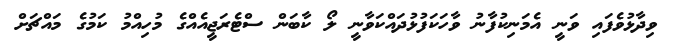
ވިދާޅުވެފައި ވަނީ އެމަނިކުފާނު ވާހަކަފުޅުދައްކަވާނީ ލޯ ކާބަން ސްޓެރަޖީއެއްގެ މުހިއްމު ކަމުގެ މައްޗަށް